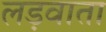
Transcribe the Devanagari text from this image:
लड़वाता